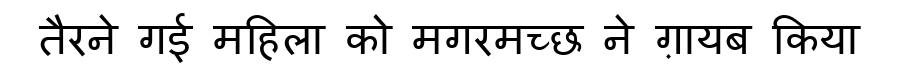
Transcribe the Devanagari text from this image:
तैरने गई महिला को मगरमच्छ ने ग़ायब किया